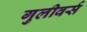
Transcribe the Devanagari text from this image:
गुलीवर्स